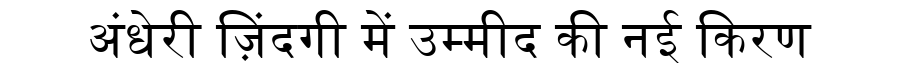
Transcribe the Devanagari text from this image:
अंधेरी ज़िंदगी में उम्मीद की नई किरण